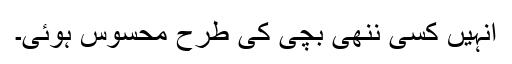
انہیں کسی ننھی بچی کی طرح محسوس ہوئی۔